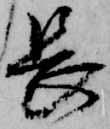
長